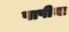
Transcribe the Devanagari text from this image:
पापीया